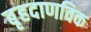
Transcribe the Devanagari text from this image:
बृहदाणविक